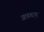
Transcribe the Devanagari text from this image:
अफगा़न